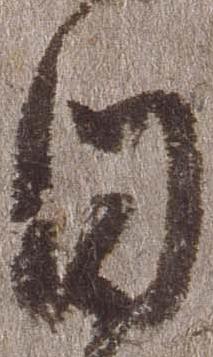
日